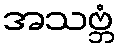
အသဗ္ဘံ